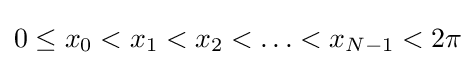
0\leq x_{0}<x_{1}<x_{2}<\ldots <x_{N-1}<2\pi